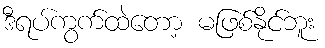
ဒီရပ်ကွက်ထဲတော့ မဖြစ်နိုင်ဘူး